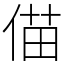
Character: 㑤